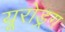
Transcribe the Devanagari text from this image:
यूरोड्रग